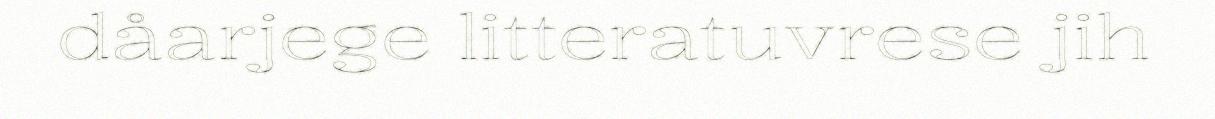
dåarjege litteratuvrese jih